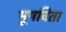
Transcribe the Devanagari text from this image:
भूषविता